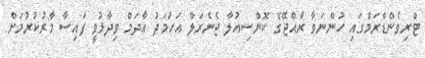
ޓްރިވެންޑްރަމްގައި ހުންނަވާ ރާއްޖޭގެ ކޮންސިއުލާ ޖެނެރަލް އަހުމަދު އާދަމް ވިދާޅުވީ ފައިސާ މާރުކުރުމަށް